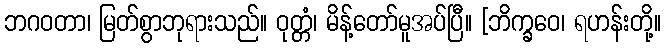
ဘဂဝတာ၊ မြတ်စွာဘုရားသည်။ ဝုတ္တံ၊ မိန့်တော်မူအပ်ပြီ။ [ဘိက္ခဝေ၊ ရဟန်းတို့။